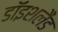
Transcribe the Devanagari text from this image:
डॉइशलैंड